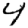
Digit: 4